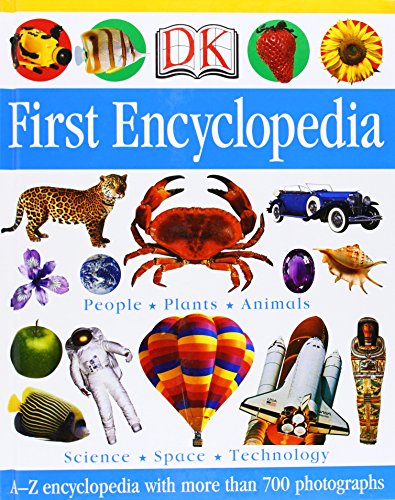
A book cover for DK First Encyclopedia; DK Publishing; Reference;